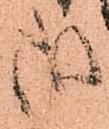
御